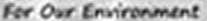
For Our Environment